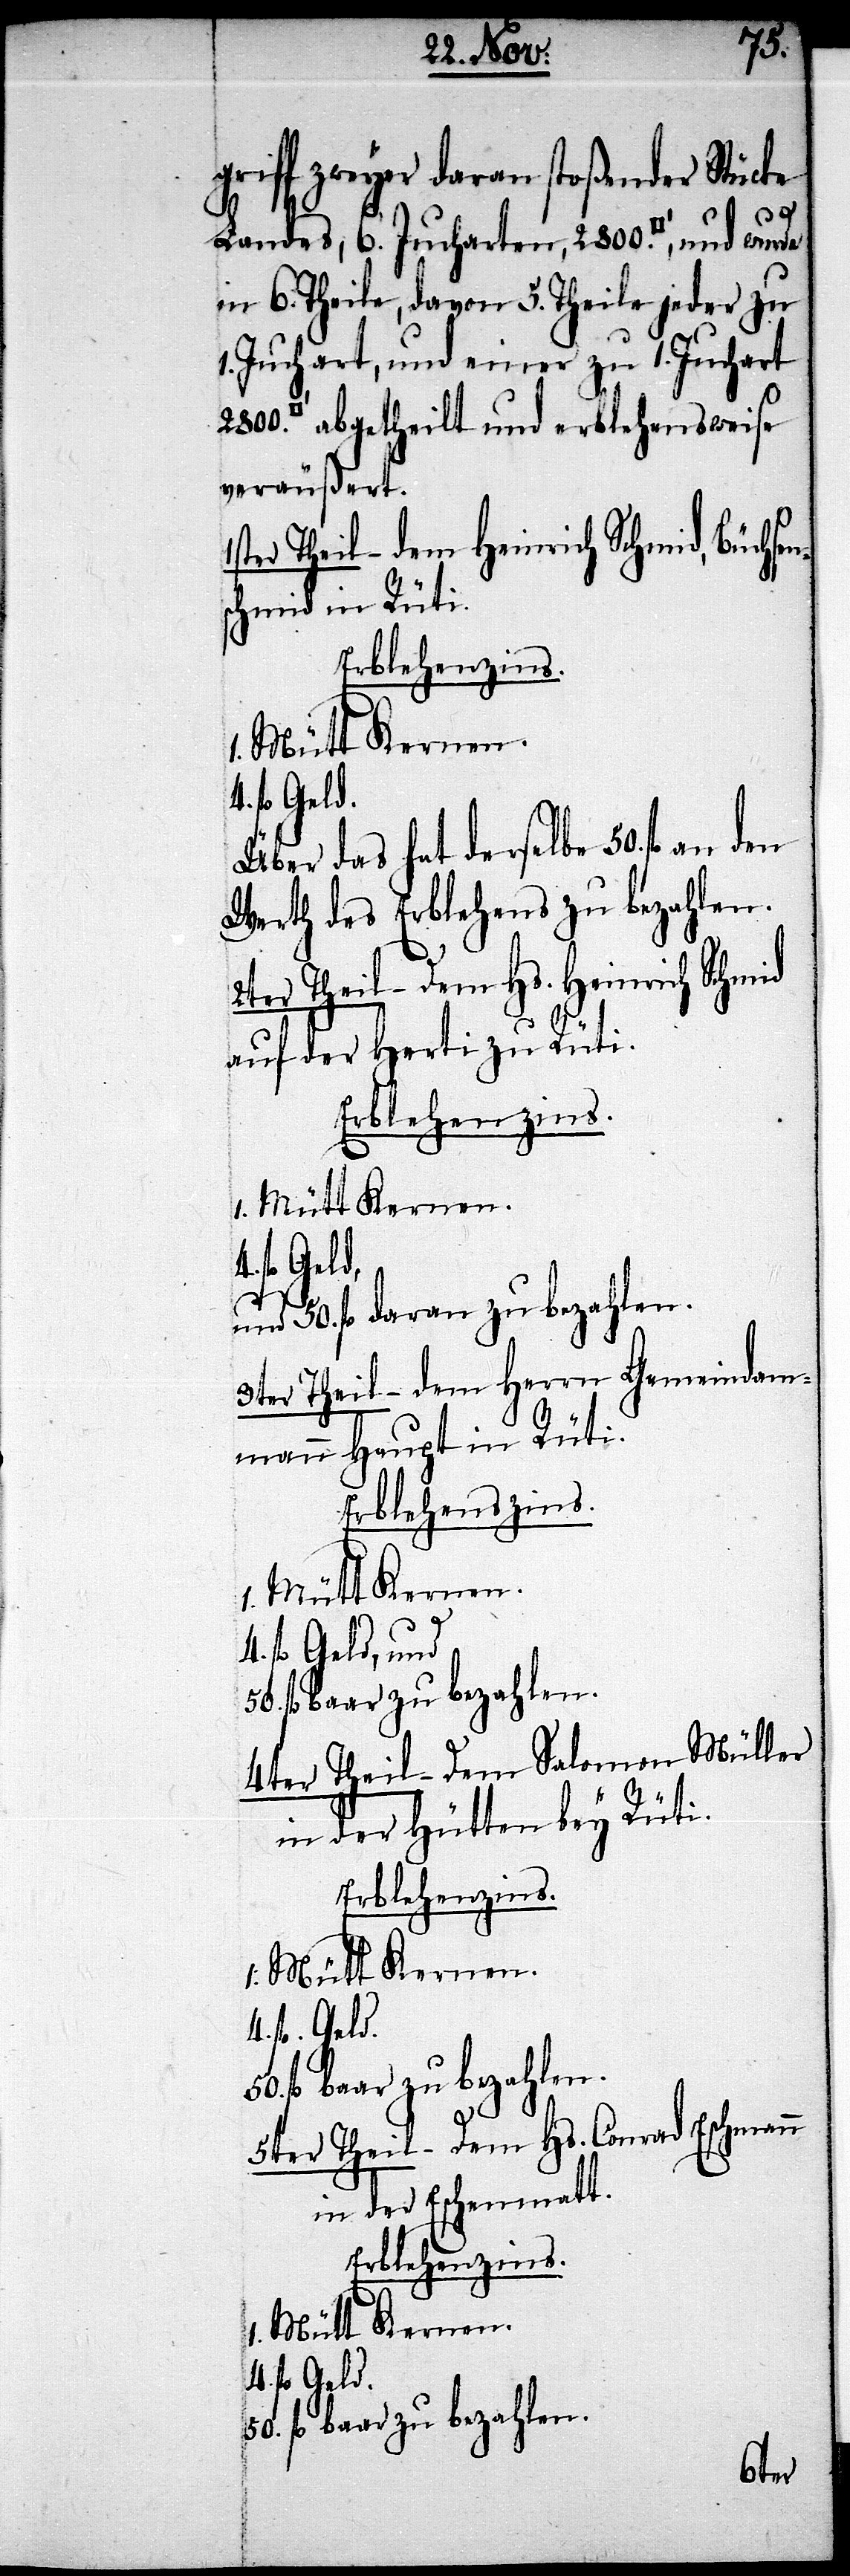
50.
griff zweyer daran stoßender Stücke
Landes, 6. Jucharten, 2800.
in 6. Theile, davon 5. Theile jeder zu
Juchart, und einer zu 1. Juchart
abgetheilt und erblehensweise
veräußert.
ter Theil – dem Heinrich Schmid, Büchse¬
schmid im Rüti.
Erblehenszins.
fl. Geld.
1. Mütt Kernen
3ter. Theil – dem Herrn Gemeinda¬
mmann Haupt in Rüti.
fl. baar zu bezahlen.
Erblehenszins.
4.
5ter Theil – Dem Hs. Conrad Eschmann
in der Eschenmatt.
fl. daran zu bezahlen.